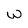
Character: W